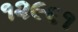
૧૨૯૬૧